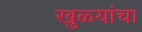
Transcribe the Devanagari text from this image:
खुळ्यांचा